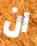
ان